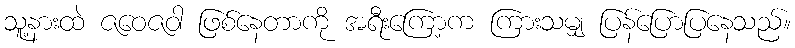
သူ့နားထဲ ဇဝေဇဝါ ဖြစ်နေတာကို အရီးကြော့က ကြားသမျှ ပြန်ပြောပြနေသည်။